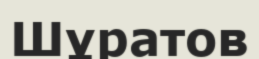
Шұратов